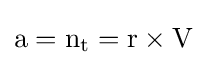
\mathrm {a} =\mathrm {n} _{\text{t}}=\mathrm {r} \times \mathrm {V}